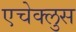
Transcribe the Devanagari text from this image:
एचेक्लुस